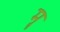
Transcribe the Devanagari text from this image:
मॣ